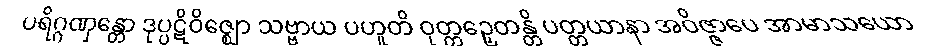
ပရိဂ္ဂဏှန္တော ဒုပ္ပဋိဝိဇ္ဈော သဗ္ဗာယ ပဟူတိ ဝုတ္တဉှေတန္တိ ပတ္တယာနာ အဝိဇ္ဇာပေ အာမာသယော